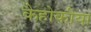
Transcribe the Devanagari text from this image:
कैहोकीया